Civil Veterinary Dept. Bombay admin report 1914-1922 - 1914-1922
Year: 1914
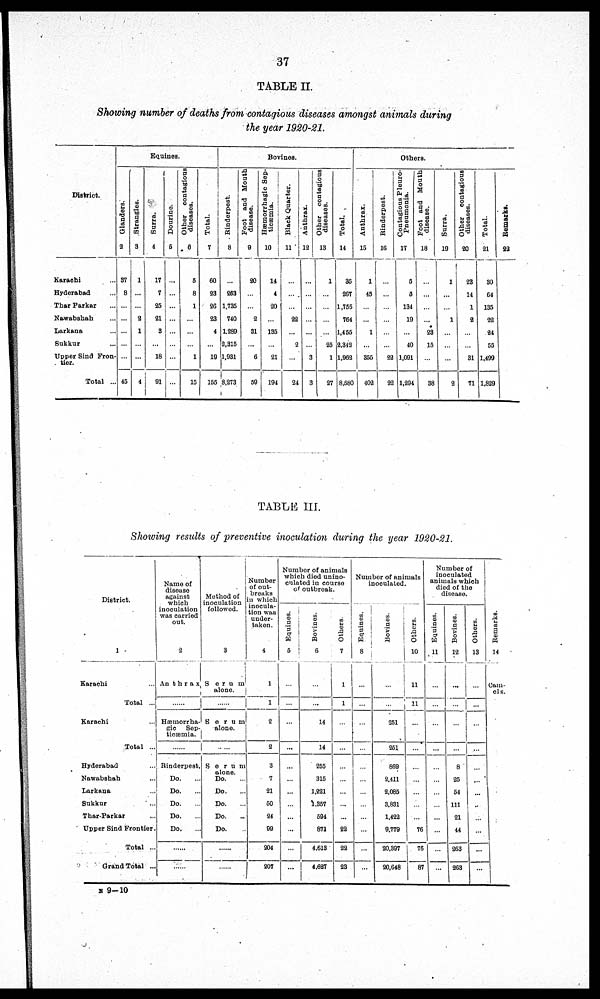
37
TABLE II.
Showing number of deaths from contagious diseases amongst animals during
the year 1920-21.
District.
Karachi ...
Hyderabad ...
Thar Parkar ...
Nawabshah ...
Larkana ...
Sukkur ...
Upper Sind Fron-
tier.
Total ...
Equines.
Glanders.
3
37
8
...
...
...
...
...
45
Strangles.
3
1
...
...
9
1
...
...
4
Surra.
4
17
7
25
21
5
...
18
91
Dourine.
5
...
...
...
...
...
...
...
...
Other
contagions
diseases.
6
5
8
1
...
...
...
1
15
Total.
7
60
23
26
23
4
...
19
165
Bovines.
Rinderpest.
8
...
263
1,735
740
1,289
9,315
1,931
8,273
Foot and Mouth
disease.
8
20
...
...
2
31
6
50
Hæmorrhagic Sep-
ticæmia.
10
14
4
20
...
135
...
21
194
Black Quarter.
11
...
...
...
22
...
2
...
24
Anthrax.
12
...
...
...
...
...
...
3
3
Other
contagious
diseases.
13
1
...
...
...
...
25
1
27
Total.
14
35
267
1,755
764
1,456
2,342
1,962
8,580
Others.
Anthrax.
15
1
45
...
...
1
...
355
402
Rinderpest.
16
...
...
...
...
...
...
22
22
Contagious Pleuro-
pneumonia.
17
5
5
134
19
...
40
1,091
1,294
Foot and Mouth
disease.
18
...
. . .
...
...
23
15
...
38
Surra.
19
1
...
...
1
...
...
...
2
Other
contagious
diseases.
20
23
14
1
2
...
...
31
71
Total.
21
30
64
135
22
24
55
1,499
1,829
Remarks.
22
TABLE III.
Showing results of preventive inoculation during the year 1920-21.
District.
1
Karachi
Total ...
Karachi
Total ...
Hyderabad
Nawabshah ...
Larkana ...
Sukkur ...
Thar-Parkar ...
Upper Sind Frontier
Total ...
Grand Total ...
Name of
disouse
against
which
inoculation
was carried
out.
2
Anthrax
Hæmorrha-
gic Sep-
ticæmia.
.......
Rinderpest.
Do. ...
Do. ...
Do. ...
Do. ...
Do. ...
.....
......
Method of
inoculation
followed.
3
Serum
alone.
......
Serum
alone.
......
Serum
Do. ...
Do. ...
Do. ...
Do. ..
Do. ...
......
......
Number
of out-
breaks
in which
inocula-
tion was
under-
taken.
4
...
1
2
2
3
1
21
50
24
99
204
207
Number of animals
which died unino-
culated in course
of outbreak.
Equines.
5
...
...
...
...
...
...
...
...
...
...
...
...
Bovines.
6
...
...
14
14
255
315
1,221
1,367
594
871
4,613
4,627
Others.
7
...
1
...
...
...
...
...
...
...
22
22
23
Number of animals
inoculated.
Equines.
8
...
...
...
...
...
...
...
...
...
1
...
...
Bovines.
9
..
...
251
261
869
2,411
2,085
3,831
1,422
9,779
20.397
20,648
Others.
10
11
11
...
...
...
...
...
...
...
76
76
87
Number of
inoculated
animals which
died of the
disease
Equines.
11
...
...
...
...
...
...
...
...
...
...
...
...
Bovines.
12
...
...
...
8
25
54
111
21
44
263
263
Others.
13
...
...
...
...
...
...
...
...
...
...
...
...
Remarks.
14
Cam-
els.
N 9-10